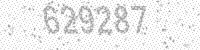
Solution: 629287